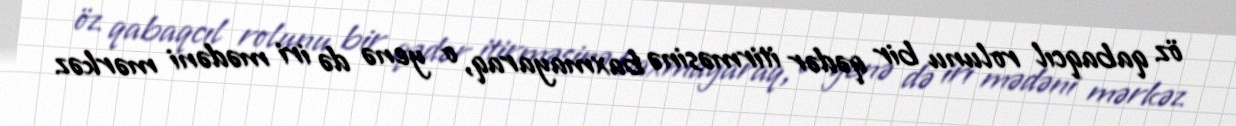
öz qabaqcıl rolunu bir qədər itirməsinə baxmayaraq, o yenə də iri mədəni mərkəz